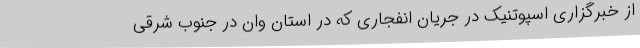
از خبرگزاری اسپوتنیک در جریان انفجاری که در استان وان در جنوب شرقی